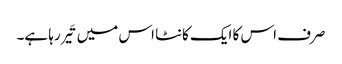
صرف اس کا ایک کانٹا اس میں تَیر رہا ہے۔